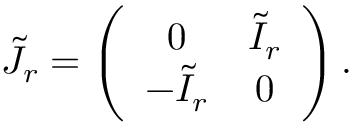
\tilde { J } _ { r } = \left( \begin{array} { c c } { { 0 } } & { { \tilde { I } _ { r } } } \\ { { - \tilde { I } _ { r } } } & { { 0 } } \end{array} \right) .